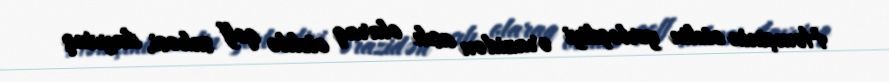
Həmçinin otelin yerləşdiyi ərazidən asılı olaraq oteldə qolf sahəsi, dayvinq